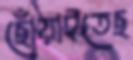
ছোঁয়াইতেছ